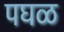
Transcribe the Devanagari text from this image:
पघळ